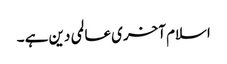
اسلام آخری عالمی دین ہے ۔